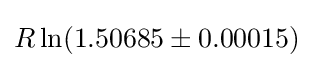
R\ln(1.50685\pm 0.00015)